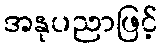
အနုပညာဖြင့်